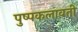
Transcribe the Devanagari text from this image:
पुष्पकलावती